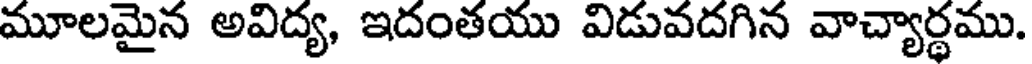
మూలమైన అవిద్య, ఇదంతయు విడువదగిన వాచ్యార్థము.